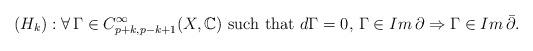
LaTeX: \begin{align*} (H_k): \forall\,\Gamma\in C_{p+k,p-k+1}^\infty(X,\mathbb{C}) \mbox{ such that } d\Gamma=0,\, \Gamma\in Im\,\partial\Rightarrow\Gamma\in Im\,\bar{\partial}. \end{align*}